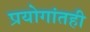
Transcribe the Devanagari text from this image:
प्रयोगांतही